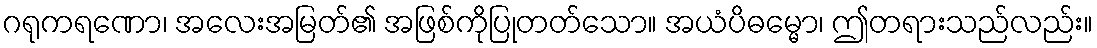
ဂရုကရဏော၊ အလေးအမြတ်၏ အဖြစ်ကိုပြုတတ်သော။ အယံပိဓမ္မော၊ ဤတရားသည်လည်း။